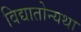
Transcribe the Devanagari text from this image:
विद्यातोन्यथा